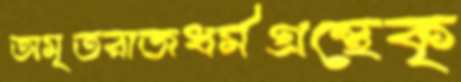
অমৃতরাজধর্মগ্রন্থেকৃ